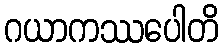
ဂယာကဿပေါတိ